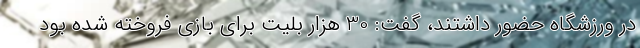
در ورزشگاه حضور داشتند، گفت: 30 هزار بلیت برای بازی فروخته شده بود